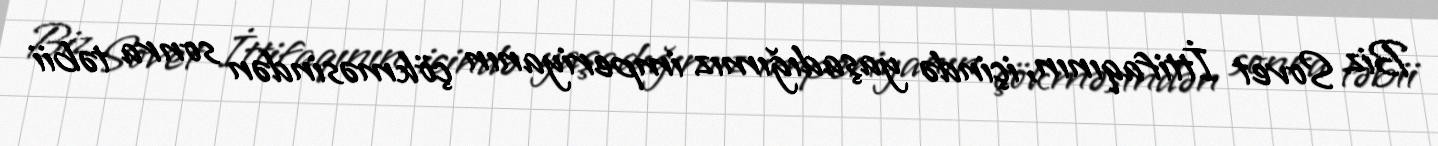
Biz Sovet İttifaqının, içində yaşadığımız imperiyanın çökməsindən sonra təbii